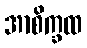
အာစိက္ခထ